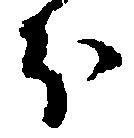
分